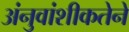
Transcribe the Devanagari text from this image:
अंनुवांशीकतेने